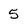
Character: 5